Leaving Certificate, 1899
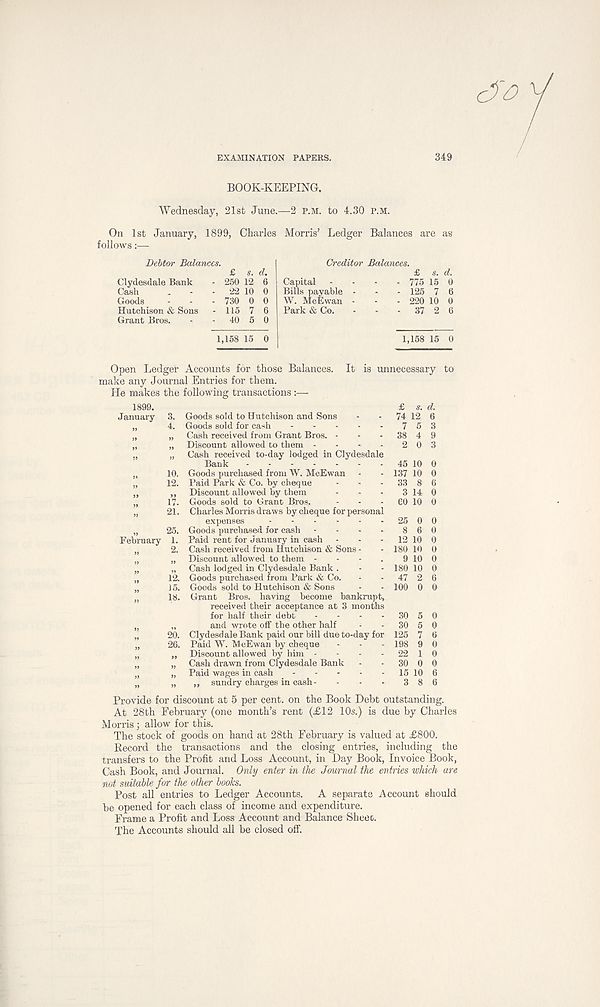
EXAMINATION PAPERS.
349
BOOK-KEEPING.
Wednesday, 21st June.—2 P.M. to 4.30 P.M.
On 1st January, 1899, Charles Morris’ Ledger Balances are as
follows:—
Debtor Balances.
Clydesdale Bank
Cash
Goods Hutchison & Sons
Grant Bros.
£ s. d.
250 12 6
22 10 0
730 0 0
115 7 6
40 5 0
Creditor Balances.
Capital Bills payable
W. McEwan
Park & Co.
£ s. d.
775 15 0
125 7 6
220 10 0
37 2 6
1,158 15 0
Open Ledger Accounts for those Balances. It is unnecessary
make any Journal Entries for them.
He makes the following transactions :—
1899.
January 3.
» 4.
February 1.
Goods sold to Hutchison and Sons
Goods sold for cash
Cash received from Grant Bros. -
Discount allowed to them - . - .
Cash received to-day lodged in Clydesdale
Bank
Goods purchased from W. McEwan
Paid Park & Co. by cheque
Discount allowed by them
Goods sold to Grant Bros.
Charles Morris draws by cheque for personal
expenses
Goods purchased for cash - - . .
Paid rent for January in cash
Cash received from Hutchison & Sons -
Discount allowed to them - - - .
Cash lodged in Clydesdale Bank .
Goods purchased from Park & Co.
Goods sold to Hutchison & Sons
Grant Bros, having become bankrupt,
received their acceptance at 3 months
for half their debt ....
and wrote off the other half
Clydesdale Bank paid our bill due to-day for
Paid W. McEwan by cheque
Discount allowed by him - - . .
Cash drawn from Clydesdale Bank
Paid wages in cash
,, sundry charges in cash-
£ s. d.
74 12 6
7 5 3
38 4 9
2 0 3
45 10 0
137 10 0
33 8 6
3 14 0
CO 10 0
25 0 0
8 6 0
12 10 0
180 10 0
9 10 0
180 10 0
47 2 6
100 0 0
30 5 0
30 5 0
125 7 6
198 9 0
22 1 0
30 0 0
15 10 6
3 8 6
to
Provide for discount at 5 per cent, on the Book Debt outstanding.
At 28th February (one month’s rent (£12 10s.) is due by Charles
Morris; allow for this.
The stock of goods on hand at 28th February is valued at £800.
Record the transactions and the closing entries, including the
transfers to the Profit and Loss Account, in Day Book, Invoice Book,
Cash Book, and Journal. Only enter in the Journal the entries which are
not suitable for the other books.
Post all entries to Ledger Accounts. A separate Account should
be opened for each class of income and expenditure.
Frame a Profit and Loss Account and Balance Sheec.
The Accounts should all be closed off.